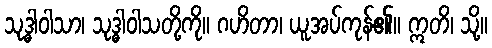
သုဒ္ဓါဝါသာ၊ သုဒ္ဓါဝါသတို့ကို။ ဂဟိတာ၊ ယူအပ်ကုန်၏။ ဣတိ၊ သို့။